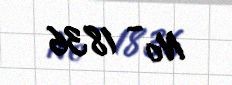
№ - 1836